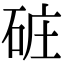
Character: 䂯